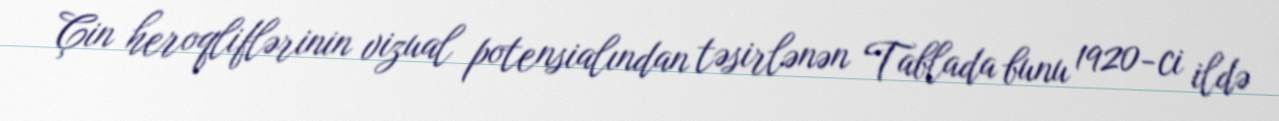
Çin heroqliflərinin vizual potensialından təsirlənən Tablada bunu 1920-ci ildə